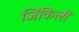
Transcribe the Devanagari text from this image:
जिंकिली